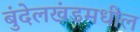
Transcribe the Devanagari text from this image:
बुंदेलखंडमधील